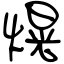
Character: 熀